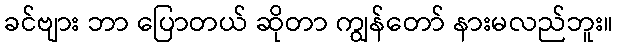
ခင်ဗျား ဘာ ပြောတယ် ဆိုတာ ကျွန်တော် နားမလည်ဘူး။